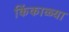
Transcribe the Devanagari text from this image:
किंकाळ्या